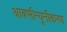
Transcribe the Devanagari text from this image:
आक्सीन्यूनीकरण